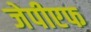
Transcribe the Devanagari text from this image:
जेपीएफ